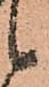
候